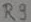
Text: R9